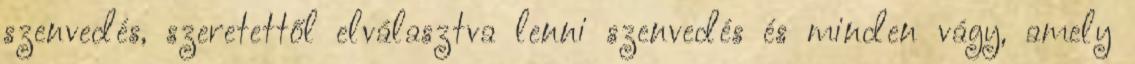
szenvedés, szeretettől elválasztva lenni szenvedés és minden vágy, amely